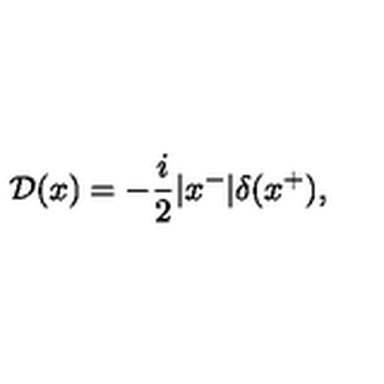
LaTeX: { \cal D } ( x ) = - \frac { i } { 2 } | x ^ { - } | \delta ( x ^ { + } ) ,